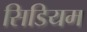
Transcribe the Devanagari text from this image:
सिडियम